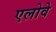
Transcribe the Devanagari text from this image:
एलोवे